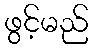
ဖွင့်မည်